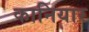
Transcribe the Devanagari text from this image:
कानियार